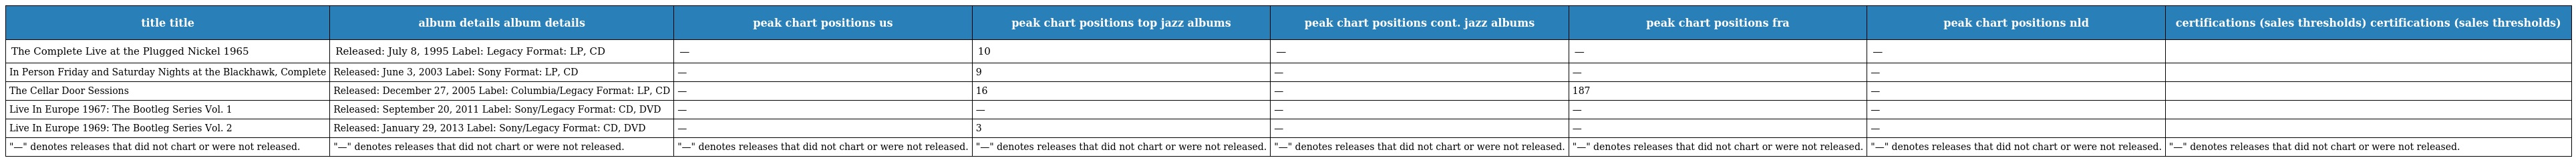
| title title | album details album details | peak chart positions us | peak chart positions top jazz albums | peak chart positions cont. jazz albums | peak chart positions fra | peak chart positions nld | certifications (sales thresholds) certifications (sales thresholds) |
 | --- | --- | --- | --- | --- | --- | --- | --- |
 | The Complete Live at the Plugged Nickel 1965 | Released: July 8, 1995 Label: Legacy Format: LP, CD | — | 10 | — | — | — |  |
 | In Person Friday and Saturday Nights at the Blackhawk, Complete | Released: June 3, 2003 Label: Sony Format: LP, CD | — | 9 | — | — | — |  |
 | The Cellar Door Sessions | Released: December 27, 2005 Label: Columbia/Legacy Format: LP, CD | — | 16 | — | 187 | — |  |
 | Live In Europe 1967: The Bootleg Series Vol. 1 | Released: September 20, 2011 Label: Sony/Legacy Format: CD, DVD | — | — | — | — | — |  |
 | Live In Europe 1969: The Bootleg Series Vol. 2 | Released: January 29, 2013 Label: Sony/Legacy Format: CD, DVD | — | 3 | — | — | — |  |
 | "—" denotes releases that did not chart or were not released. | "—" denotes releases that did not chart or were not released. | "—" denotes releases that did not chart or were not released. | "—" denotes releases that did not chart or were not released. | "—" denotes releases that did not chart or were not released. | "—" denotes releases that did not chart or were not released. | "—" denotes releases that did not chart or were not released. | "—" denotes releases that did not chart or were not released. |